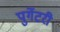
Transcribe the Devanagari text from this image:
पुर्गेटरी